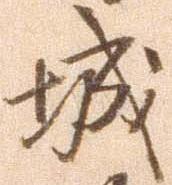
城